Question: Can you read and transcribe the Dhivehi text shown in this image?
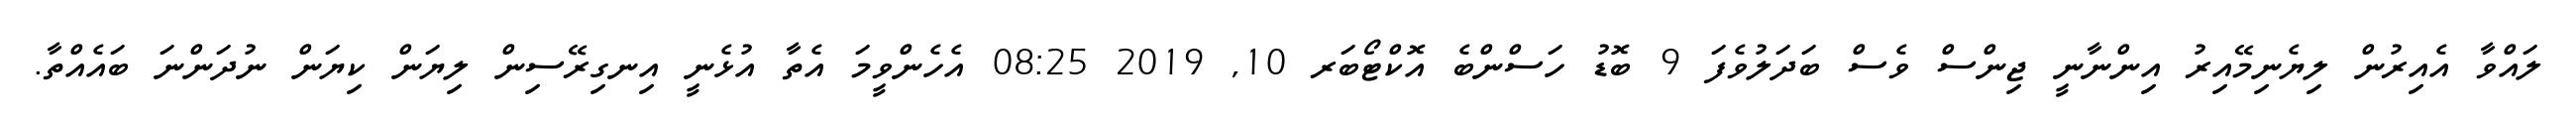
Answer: ލައްވާ އެއިރުން ލިޔެނިމޭއިރު އިންނާނީ ޖިންސް ވެސް ބަދަލުވެފަ 9 ބޮޑު ހަސްންބެ އޮކްޓޯބަރ 10, 2019 08:25 އެހެންވީމަ އެތާ އުޅެނީ އިނގިރޭސިން ލިޔަން ކިޔަން ނުދަންނަ ބައެއްތާ.